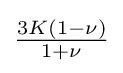
{\tfrac {3K(1-\nu )}{1+\nu }}